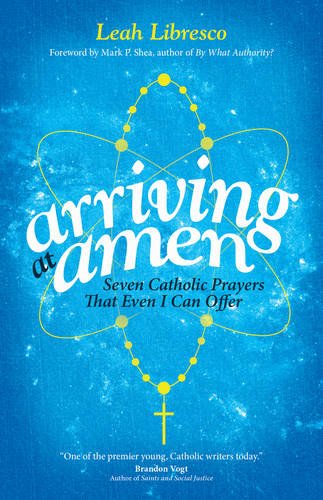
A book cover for Arriving at Amen: Seven Catholic Prayers That Even I Can Offer; Leah Libresco; Christian Books & Bibles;